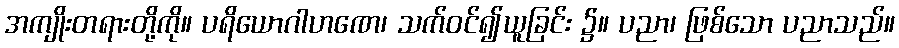
အကျိုးတရားတို့ကို။ ပရိယောဂါဟဏေ၊ သက်ဝင်၍ယူခြင်း ၌။ ပညာ၊ ဖြစ်သော ပညာသည်။